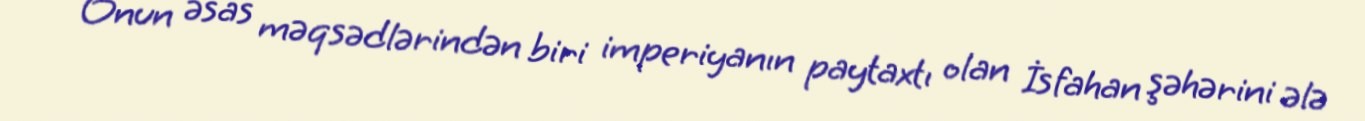
Onun əsas məqsədlərindən biri imperiyanın paytaxtı olan İsfahan şəhərini ələ